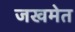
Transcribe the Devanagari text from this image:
जखमेत